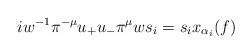
\begin{align*} iw^{-1}\pi^{-\mu}u_+u_-\pi^\mu w s_i = s_i x_{\alpha_i}(f) \end{align*}